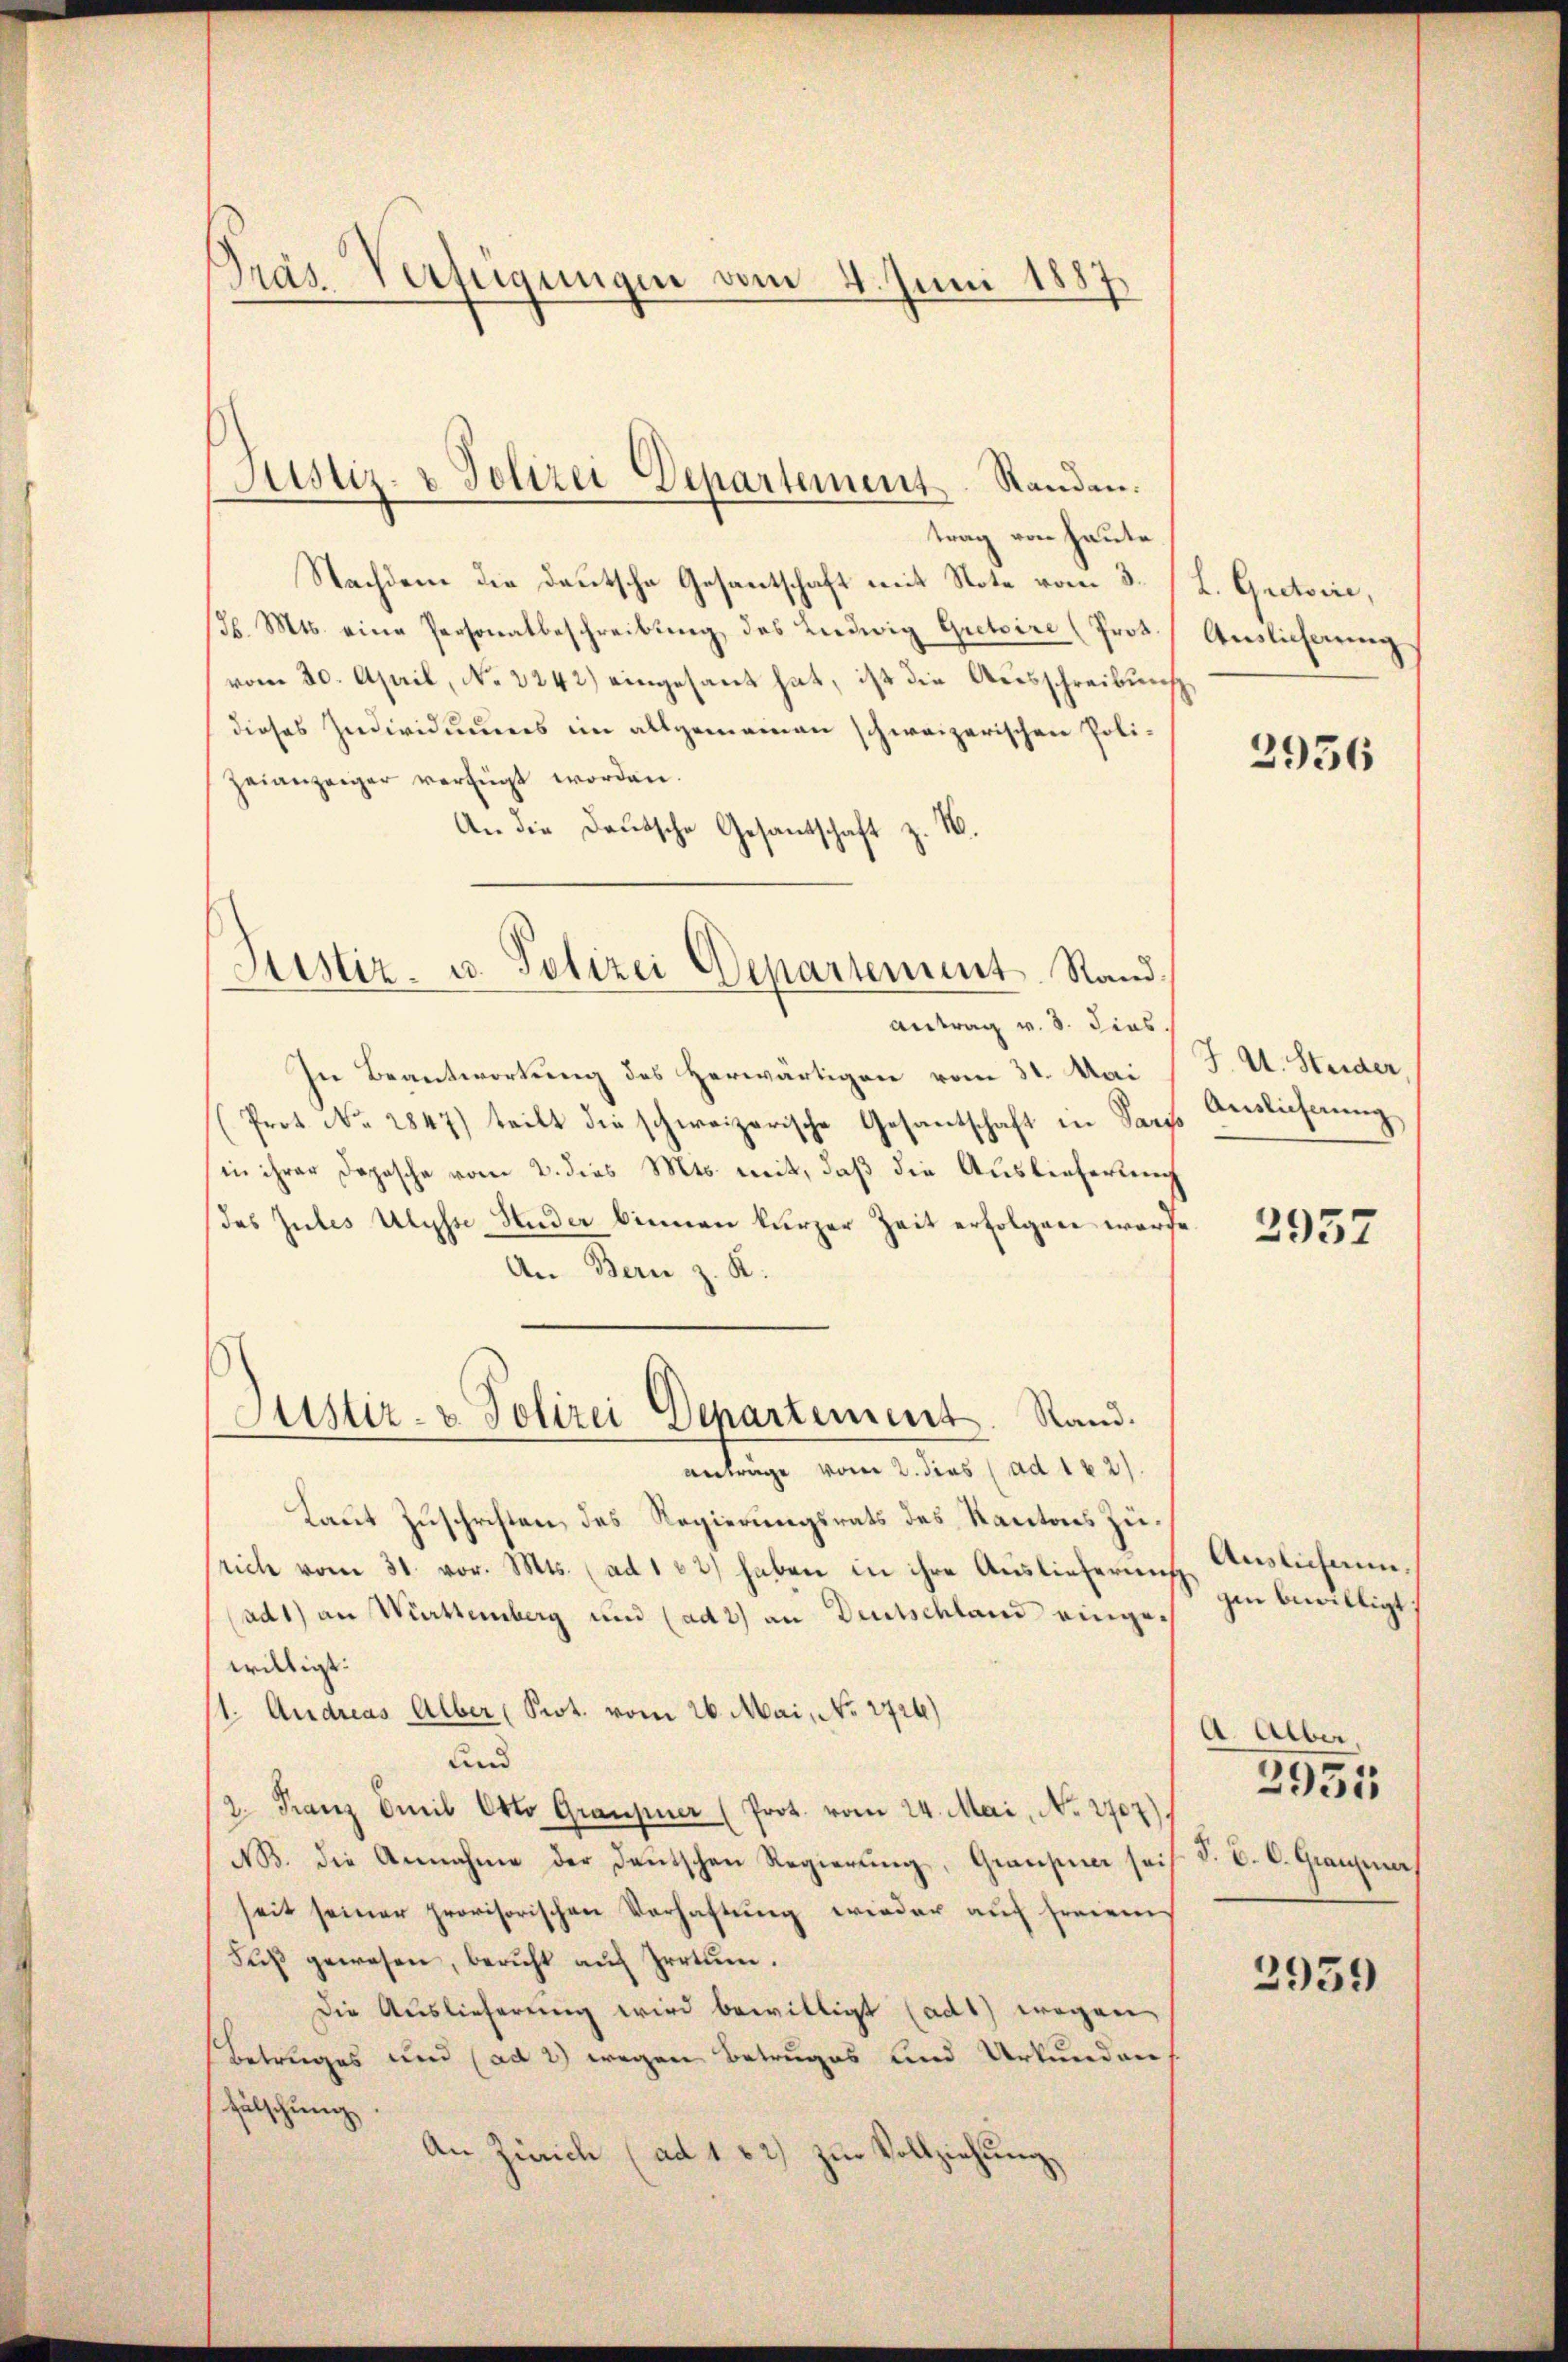
Gräs. Verfeigungen vom 4. Juni 1887

Justiz- & Polizei Departement. Standen.

trag von heute
Nachdem die Deutsche Gesantschaft mit Note vom 3.
3b. Mts. eine Personalbeschreibung, des Ludwig Gretaire (Prot.
vom 30. April, No 3242) eingesant hat, ist die Ausschreibung
dieses Individuums im allgemeinen schweizerischen Polizeianzeiger verfügt worden.
An die Deutsche Gesantschaft z. B.
Antrag v. 3. dies
In Beantwortung des Herwärtigen vom 31. Mai
(Prot. No. 2847) teilt die schweizerische Gesantschaft in Part
in ihrer Dopische vom 2. dies Mts. mit, daß die Auslieferung
das Gutes Ulysse Nuder binnen kurzer Zeit erfolgen ward
An Bern z. K.
Justiz- & Polizei Departement. Rand.
anträge vom 2. dies (ad 1 x 2).
Laut Zuschriften, des Regierungsrats des Kantons Zürich vom 31. vor. Mts. (ad 132) haben in ihre Auslieferung
ad1) an Württemberg und (ad 2) an Deutschland eingewilligt.
/1. Andreas Alber (Prot. vom 26. Mai, No 2726)
und
2. Franz Emil Otto Graupner (Prot. vom 24. Mai, No. 2707)
NB. die Annahme der Deutschen Regierung, Graupier sei
seit seiner provisorischen Verhaftung wieder auf freien
Fŭβ gewesen, beruht aŭf Irrtum.
Die Auslieferung wird bewilligt (ad1) wegen
Betruges und (ad 2) wegen Betruges und Urkunden
fälschung.
An Zürich (ad 182) zur Vollziehung

Justiz- u. Polizei Departement. Rand.

L. Gretoire,
Auslieferung
s

2956

J. U. Steider
Auslieferung

2957

Auslichann,
gen bewilligt.
A. Alber.
2951
§. B. C. Grauzer,

2959